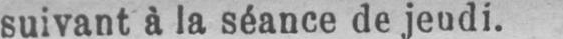
suivant à la séance de jeudi.